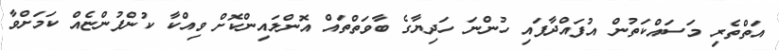
އަތްތެރި މަސައްކަތުން އުފައްދާފައި ހުންނަ ހަދިޔާގެ ބާވަތްތައް އޮންލައިންކޮށް ވިއްކާ ކުންފުންޏެއް ކަމަށްވާ